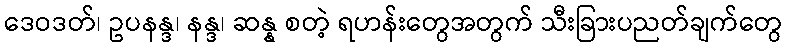
ဒေဝဒတ်၊ ဥပနန္ဒ၊ နန္ဒ၊ ဆန္န စတဲ့ ရဟန်းတွေအတွက် သီးခြားပညတ်ချက်တွေ